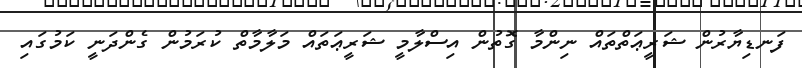
ފަނޑިޔާރުން ޝަރީޢަތްތައް ނިންމާ ގޮތުން އިސްލާމީ ޝަރީޢަތައް މަލާމާތް ކުރަމުން ގެންދަނީ ކަމުގައި